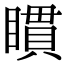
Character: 𥊫